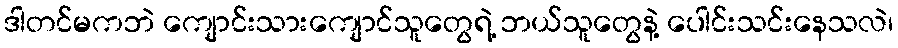
ဒါတင်မကဘဲ ကျောင်းသားကျောင်သူတွေရဲ့ ဘယ်သူတွေနဲ့ ပေါင်းသင်းနေသလဲ၊